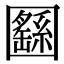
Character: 㘥